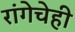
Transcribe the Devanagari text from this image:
रांगेचेही